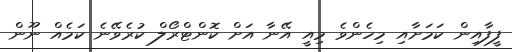
ފީފާއިން ކަމަށާއި މިހެންވެ މިއީ އޭނާ އަށް ކޮންޓްރޯލް ކުރެވޭނެ ކަމެއް ނޫން